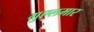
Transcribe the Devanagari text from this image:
गुएलमार